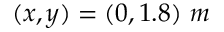
( x , y ) = ( 0 , 1 . 8 ) \ m